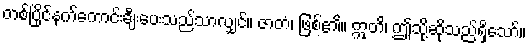
တစ်ပြိုင်နက်ကောင်းချီးပေးသည်သာလျှင်။ ဇာတံ၊ ဖြစ်၏။ ဣတိ၊ ဤသို့ဆိုသည်ရှိသော်။